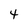
Character: 4